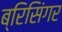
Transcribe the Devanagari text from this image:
ब्रिसिंगर